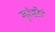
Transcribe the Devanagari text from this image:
गुरंढोरं